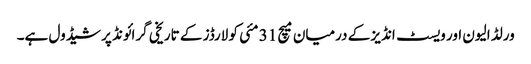
ورلڈ الیون اور ویسٹ انڈیز کے درمیان میچ 31 مئی کو لارڈز کے تاریخی گرائونڈ پر شیڈول ہے۔